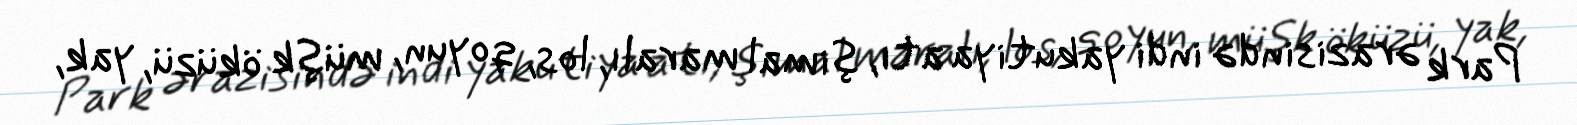
Park ərazisində indi yakutiya atı, şimal maralı, los, qoyun, müşk öküzü, yak,